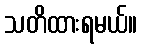
သတိထားရမယ်။